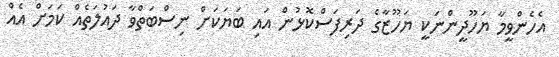
އެހެންވީމާ ޔަހޫދީންނަކީ ޔަހޫޒާގެ ދަރިފަސްކޮޅުން އައި ބަޔަކަށް ނިސްބަތްވާ ދައުލަތެއް ކަމަށް އެއް